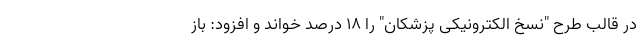
در قالب طرح "نسخ الکترونیکی پزشکان" را 18 درصد خواند و افزود: باز